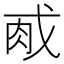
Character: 𫻯